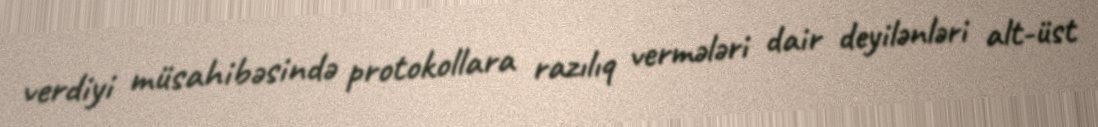
verdiyi müsahibəsində protokollara razılıq vermələri dair deyilənləri alt-üst